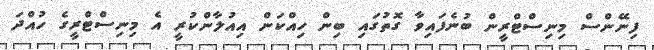
ފިނޭންސް މިނިސްޓްރީން ބުނެފައިވާ ގޮތުގައި ބިން ހިއްކަން އިއުލާންކުރީ އެ މިނިސްޓްރީގެ ހުއްދަ